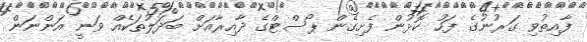
ފާއިތުވި ގަރުނުގެ ފަހު ކޮޅުން ފެށިގެން ޕޯސްޓްގެ ދާއިރާއަށް ބަދަލުތަކެއް ވަނީ އަންނަން